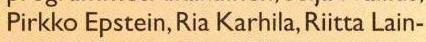
Pirkko Epstein, Ria Karhila, Riitta Lain-